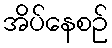
အိပ်နေစဉ်